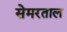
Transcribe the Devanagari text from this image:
सेमरताल